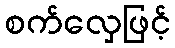
စက်လှေဖြင့်